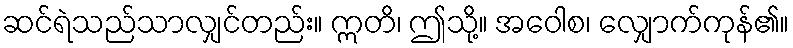
ဆင်ရဲသည်သာလျှင်တည်း။ ဣတိ၊ ဤသို့။ အဝေါစ၊ လျှောက်ကုန်၏။